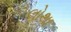
લોથા